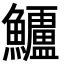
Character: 𮬗